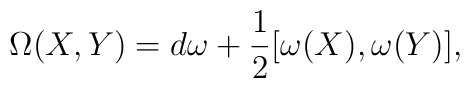
\Omega(X,Y) = d\omega + \frac{1}{2}[ \omega(X),\omega(Y)],